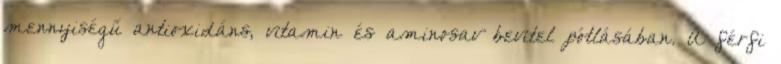
mennyiségű antioxidáns, vitamin és aminosav bevitel pótlásában. A férfi